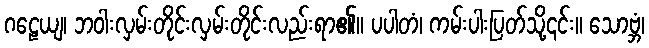
ဂဠေယျ၊ ဘဝါးလှမ်းတိုင်းလှမ်းတိုင်းလည်းရာ၏။ ပပါတံ၊ ကမ်းပါးပြတ်သို့၎င်း။ သောဗ္ဘံ၊